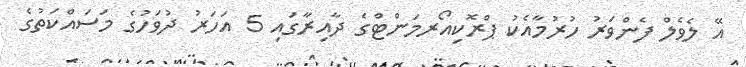
އޭ ލެވެލް ފެންވަރު ހުރުމާއެކު ޕްރޮކިއޯރމަންޓްގެ ދާއިރާގައި 5 އަހަރު ދުވަހުގެ މަސައްކަތުގެ